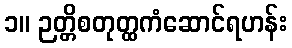
၁။ ဉတ္တိစတုတ္ထကံဆောင်ရဟန်း